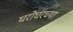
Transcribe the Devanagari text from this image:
घरोघरच्या